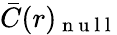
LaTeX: \bar{C}(r)_{\mathrm{~n~u~l~l~}}